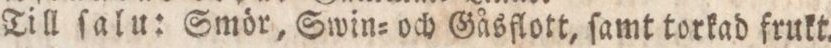
Till ſalu: Smör, Swin= och Gåsflott, ſamt torkad frukt.